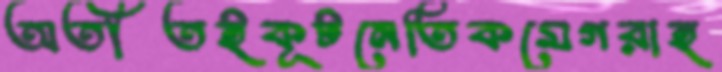
অতীতইকূটনেতিকমেগরাহ